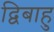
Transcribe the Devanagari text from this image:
द्विबाहु